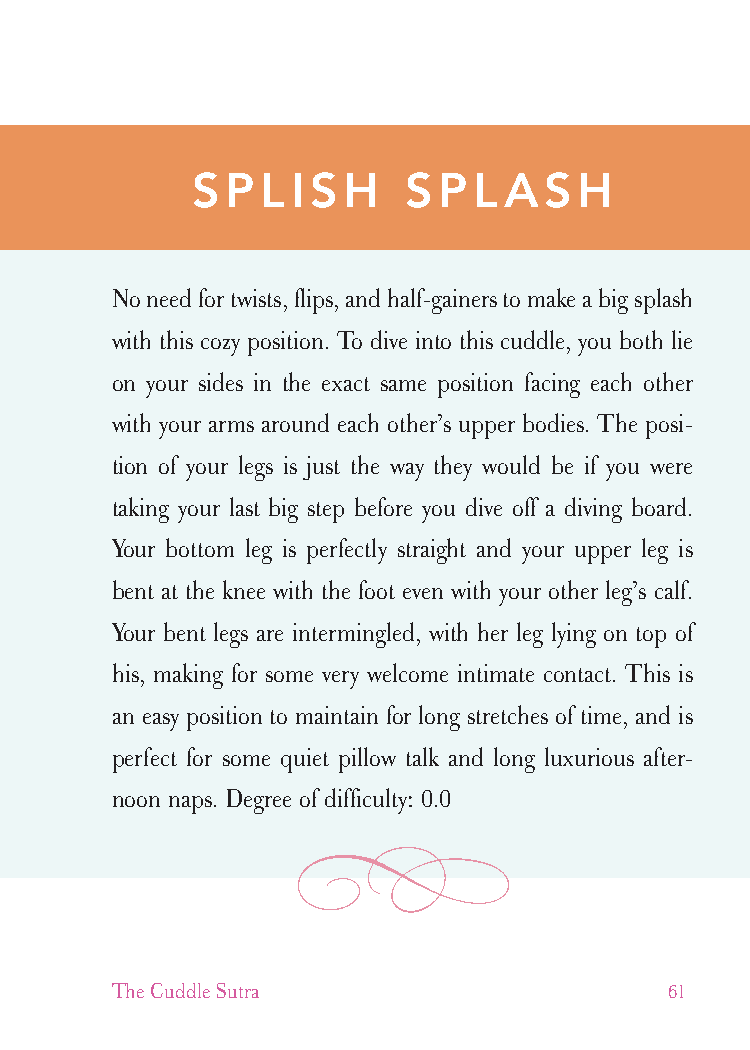
cudllesutra_internals1 7/16/07 2:50 PM Page 61
 SPLISH        SPLASH
 No need for twists, flips, and half-gainers to make a big splash
 with this cozy position. To dive into this cuddle, you both lie
 on your sides in the exact same position facing each other
 with your arms around each other’s upper bodies. The posi-
 tion of your legs is just the way they would be if you were
 taking your last big step before you dive off a diving board.
 Your bottom leg is perfectly straight and your upper leg is
 bent at the knee with the foot even with your other leg’s calf.
 Your bent legs are intermingled, with her leg lying on top of
 his, making for some very welcome intimate contact. This is
 an easy position to maintain for long stretches of time, and is
 perfect for some quiet pillow talk and long luxurious after-
 noon naps. Degree of difficulty: 0.0
 The Cuddle Sutra                     61